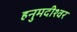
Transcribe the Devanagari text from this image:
हनुमदीश्वर